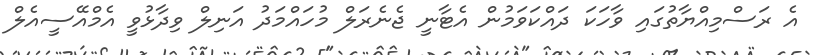
އެ ރަސްމިއްޔާތުގައި ވާހަކަ ދައްކަވަމުން އެޓާނީ ޖެނެރަލް މުހައްމަދު އަނިލް ވިދާޅުވީ އެމްއޭސީއެލް